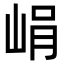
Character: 𡷡